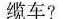
缆车?